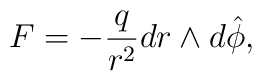
F = -\frac{q}{r^2} dr \wedge d\hat{\phi},